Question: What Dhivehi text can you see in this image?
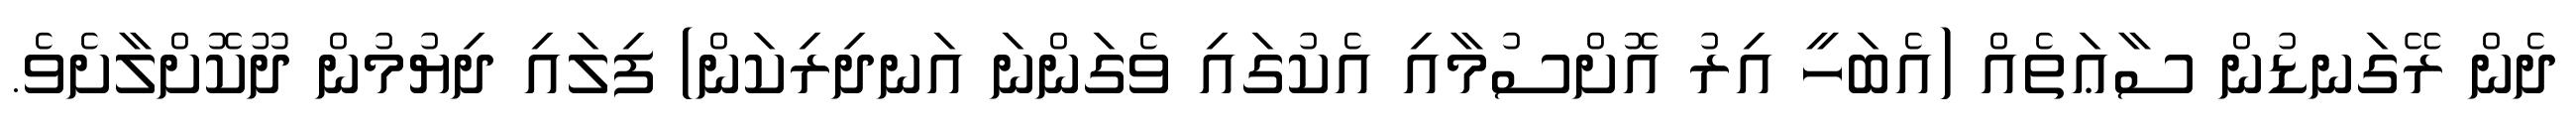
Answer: ދެން ރޭގަނޑުން ސާޢަތެއް (އެބަހީ އިރު އޮށްސުމާއި އެކުގައި ވެގަންނަ އަނދިރިކަން) ފިލައި ދިޔުމުން ދޫކޮށްލާށެވެ.